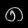
Digit: ၈